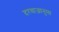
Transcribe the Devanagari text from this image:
दरवाजानुमा